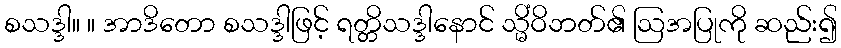
စသဒ္ဒါ။ ။ အာဒိတော စသဒ္ဒါဖြင့် ရတ္တိသဒ္ဒါနောင် သ္မိံဝိဘတ်၏ ဩအပြုကို ဆည်း၍